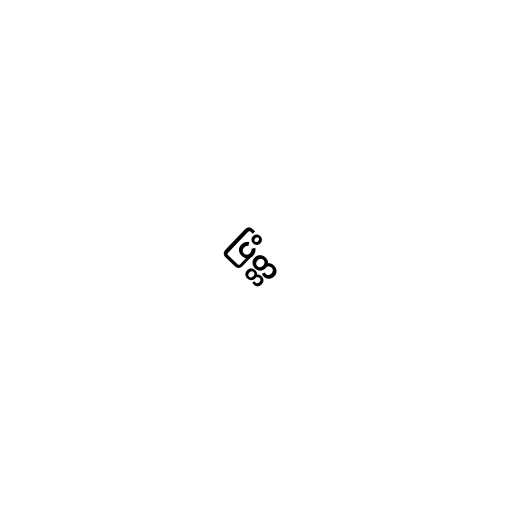
ပြိတ္တ